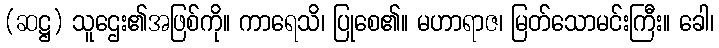
(ဆဋ္ဌ) သူဌေး၏အဖြစ်ကို။ ကာရေသိ၊ ပြုစေ၏။ မဟာရာဇ၊ မြတ်သောမင်းကြီး။ ခေါ၊